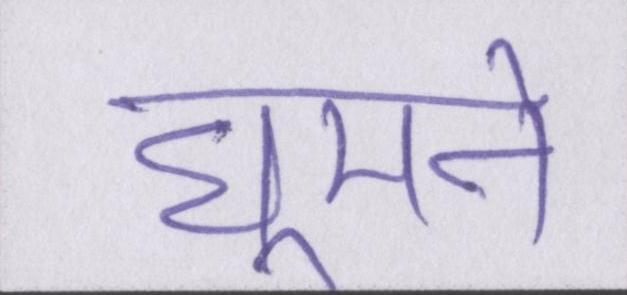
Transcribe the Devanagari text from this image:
घूमने